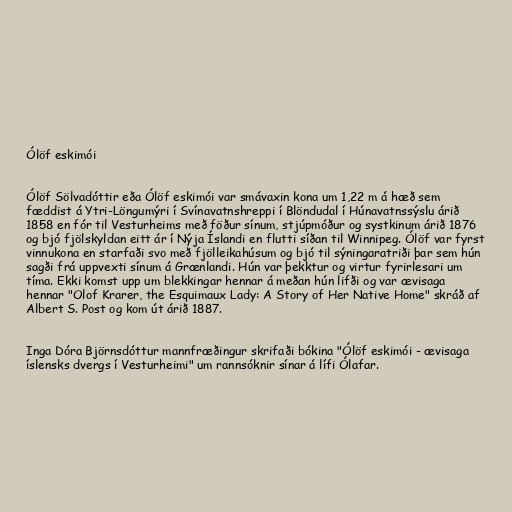
Ólöf eskimói

Ólöf Sölvadóttir eða Ólöf eskimói var smávaxin kona um 1,22 m á hæð sem
fæddist á Ytri-Löngumýri í Svínavatnshreppi í Blöndudal í Húnavatnssýslu árið
1858 en fór til Vesturheims með föður sínum, stjúpmóður og systkinum árið 1876
og bjó fjölskyldan eitt ár í Nýja Íslandi en flutti síðan til Winnipeg. Ólöf var fyrst
vinnukona en starfaði svo með fjölleikahúsum og bjó til sýningaratriði þar sem hún
sagði frá uppvexti sínum á Grænlandi. Hún var þekktur og virtur fyrirlesari um
tíma. Ekki komst upp um blekkingar hennar á meðan hún lifði og var ævisaga
hennar "Olof Krarer, the Esquimaux Lady: A Story of Her Native Home" skráð af
Albert S. Post og kom út árið 1887.

Inga Dóra Björnsdóttur mannfræðingur skrifaði bókina "Ólöf eskimói - ævisaga
íslensks dvergs í Vesturheimi" um rannsóknir sínar á lífi Ólafar.